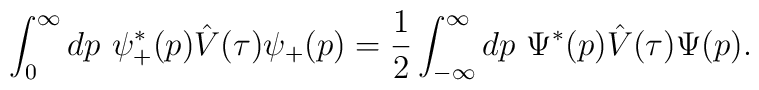
\int_0^\infty dp\,\,\psi_+^*(p)\hat V(\tau)\psi_+(p)=\frac{1}{2}\int_{-\infty}^\infty dp\,\,\Psi^*(p)\hat V(\tau)\Psi(p).